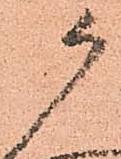
候